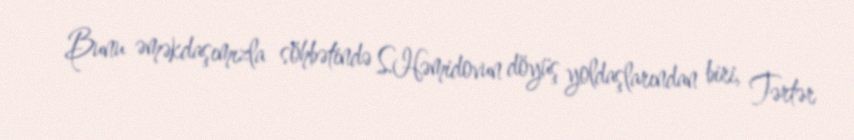
Bunu əməkdaşımızla söhbətində S.Həmidovun döyüş yoldaşlarından biri, Tərtər